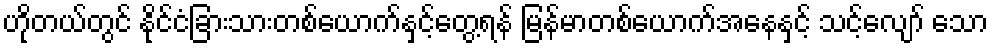
ဟိုတယ်တွင် နိုင်ငံခြားသားတစ်ယောက်နှင့်တွေ့ရန် မြန်မာတစ်ယောက်အနေနှင့် သင့်လျော် သော